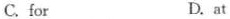
C.for D.at